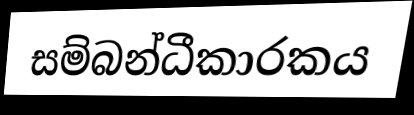
සම්බන්ධීකාරකය